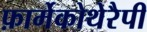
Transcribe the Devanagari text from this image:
फ़ार्मेकोथेरैपी